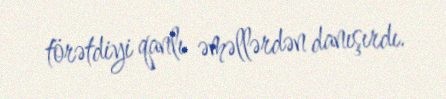
törətdiyi qanlı əməllərdən danışırdı.